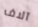
آلاف